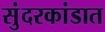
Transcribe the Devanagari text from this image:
सुंदरकांडात